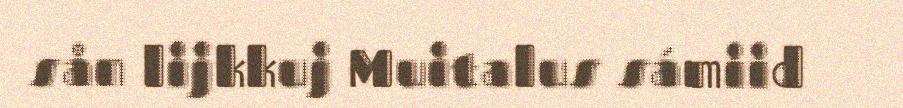
sån lijkkuj Muitalus sámiid